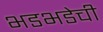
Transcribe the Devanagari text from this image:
भडभडेची